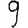
Digit: 9